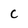
Character: C